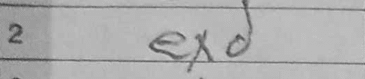
Transcription: exd